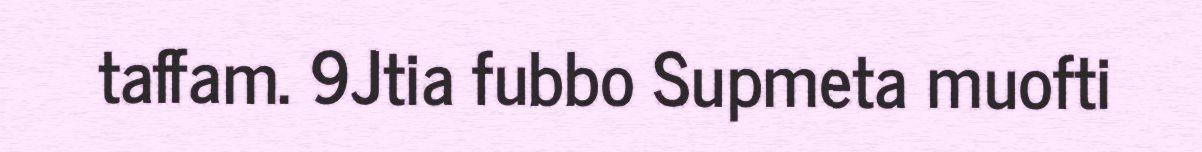
taffam. 9Jtia fubbo Supmeta muofti